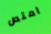
امتص